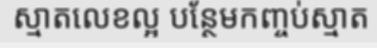
ស្មាតលេខល្អ បន្ថែមកញ្ចប់ស្មាត